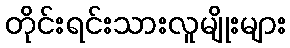
တိုင်းရင်းသားလူမျိုးများ